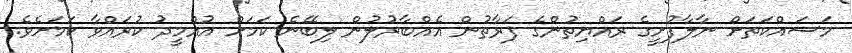
މަސައްކަތަށް ނާލާފުށީގެ ރައްޔިތުންގެ ފަރާތުން އެއްބާރުލުން ލިބޭނެ ކަމަށް އުއްމީދު ކުރައްވާ ކަމަށެވެ.